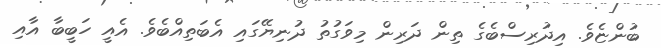
ބުންޏެވެ. އިދުރިސްބެގެ ތިން ދަރިން މިވަގުތު ދުނިޔޭގައި އެބަތިއްބެވެ. އެއީ ހަބީބާ އާއި